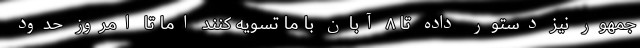
جمهور نیز دستور داده تا ۸ آبان با ما تسویه کنند اما تا امروز حدود